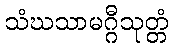
သံဃသာမဂ္ဂီသုတ္တံ